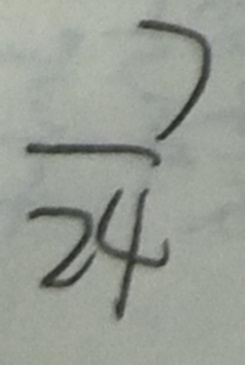
\frac { 7 } { 2 4 }